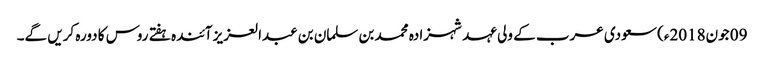
09 جون2018ء) سعودی عرب کے ولی عہد شہزادہ محمد بن سلمان بن عبدالعزیز آئندہ ہفتے روس کا دورہ کریں گے۔